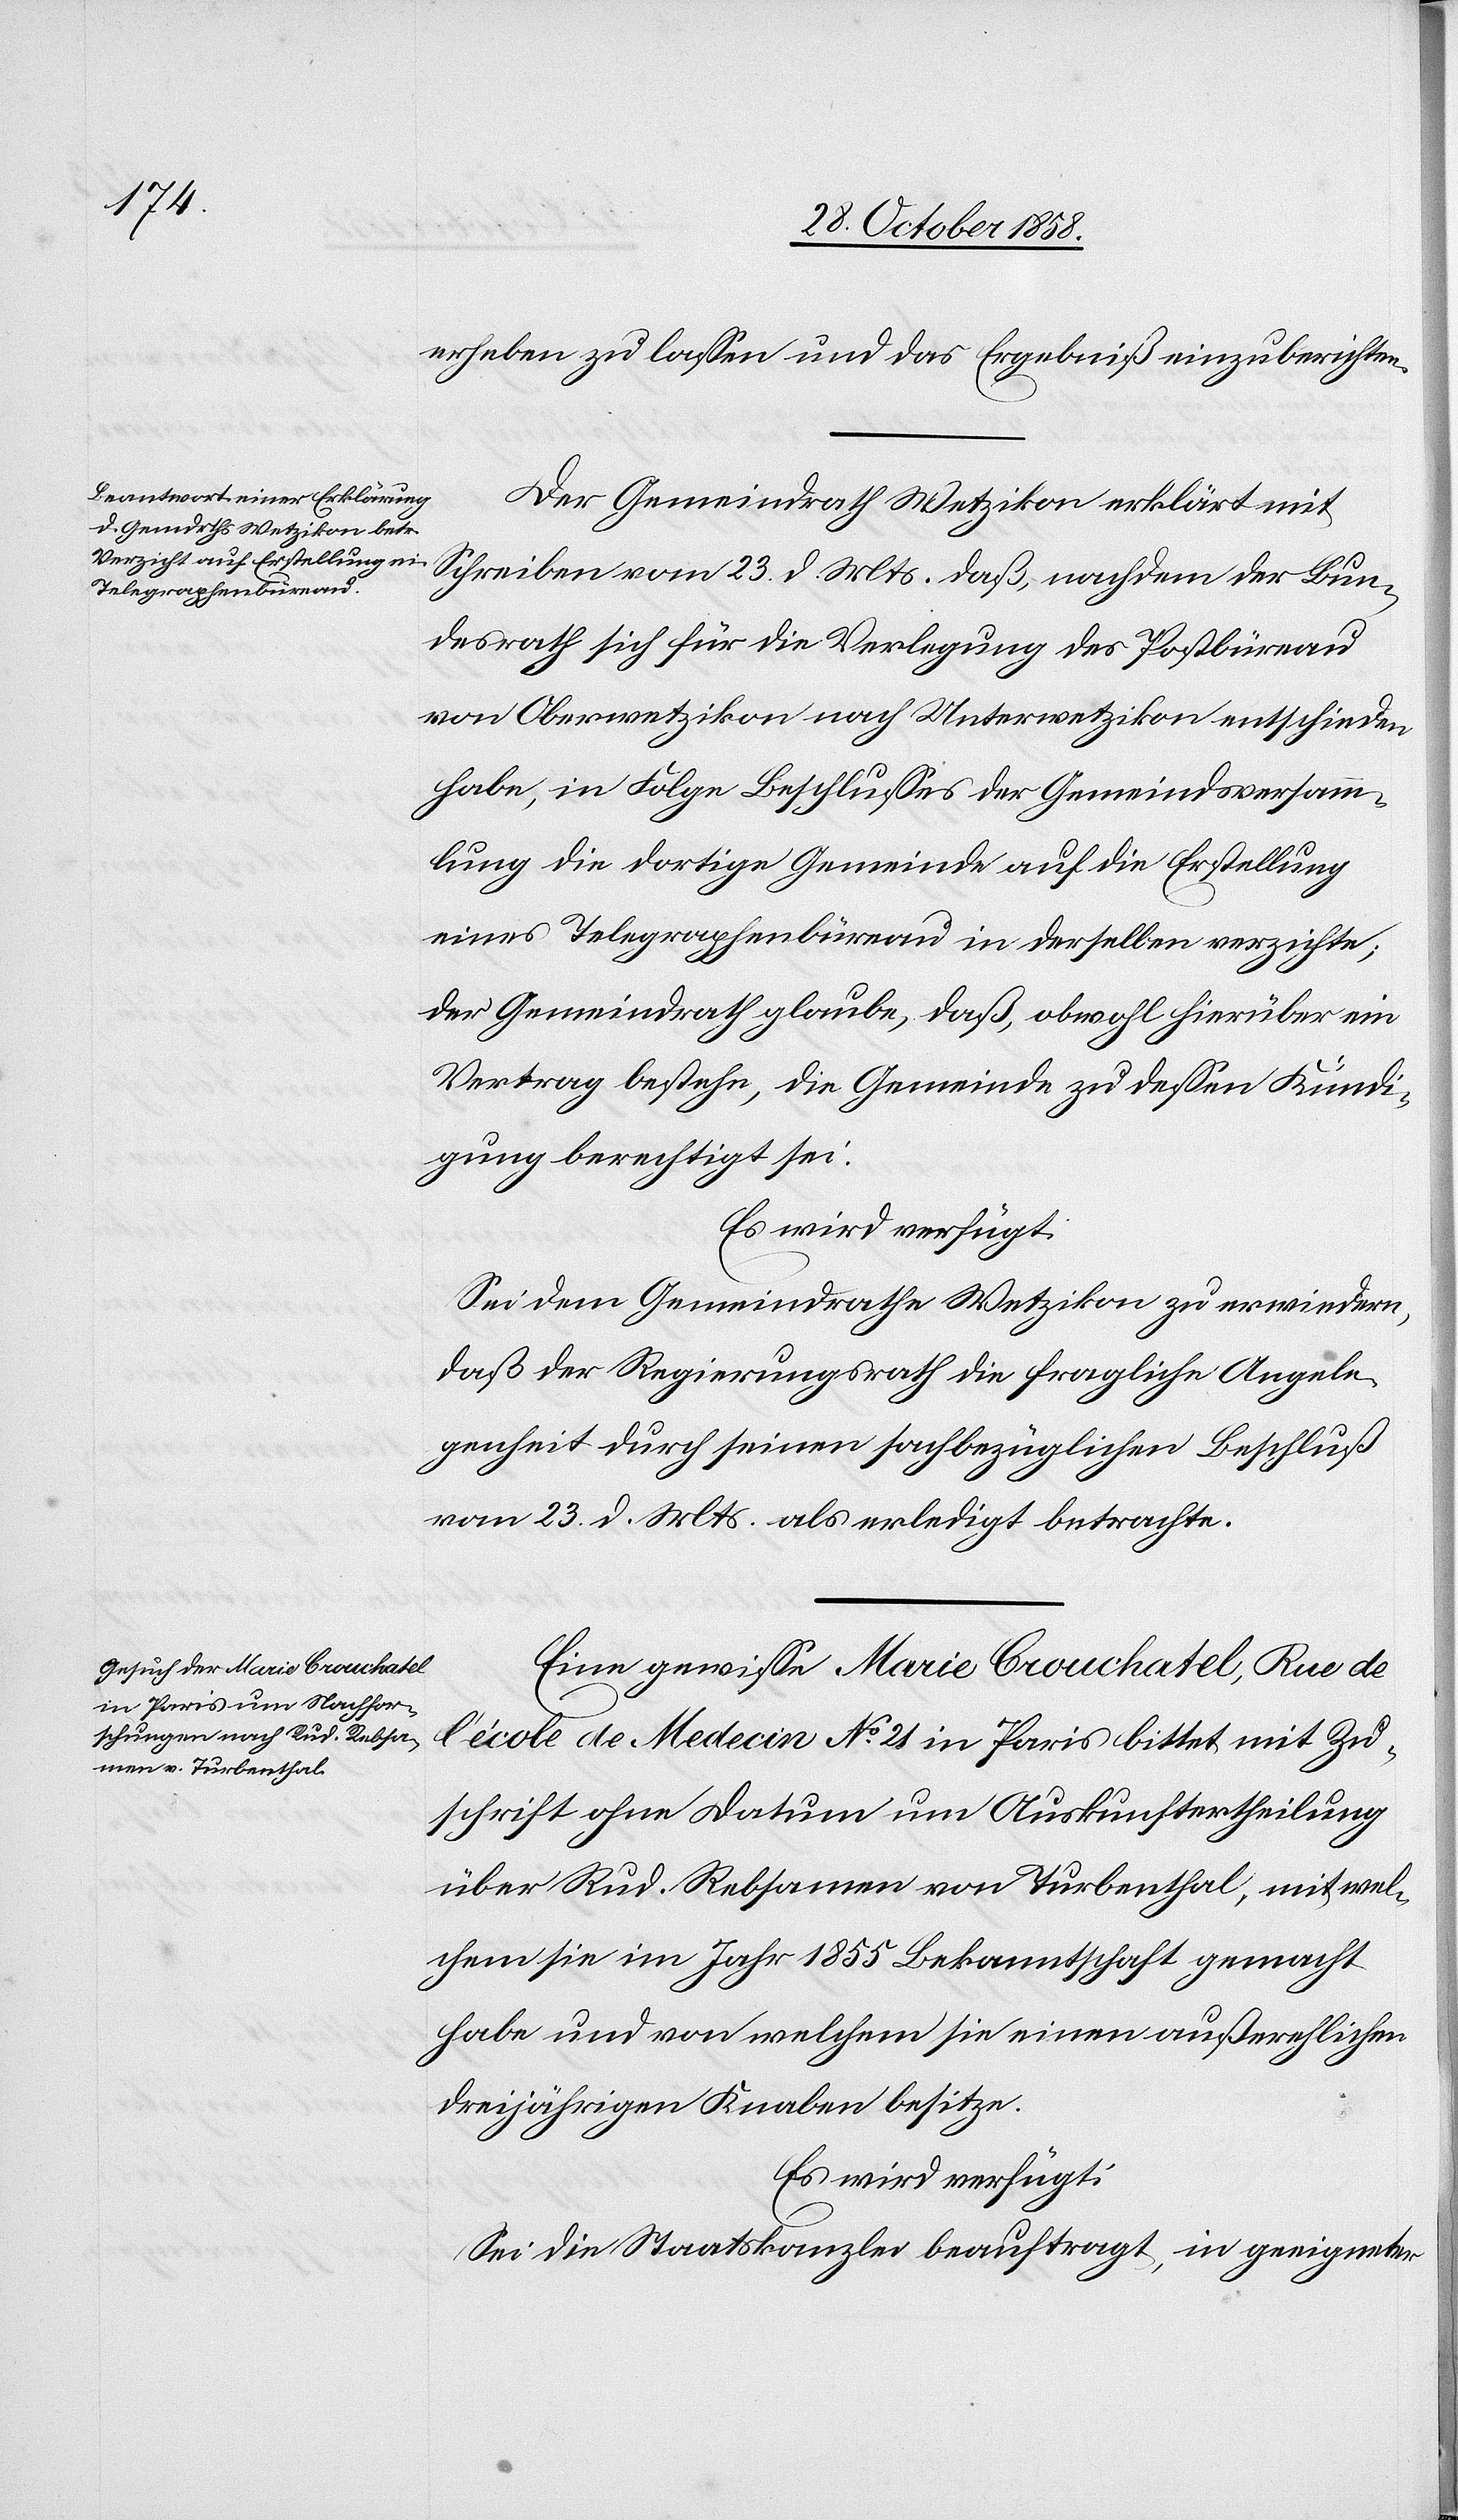
erheben zu lassen und das Ergebniß einzuberichten.
Der Gemeindrath Wetzikon erklärt mit
Schreiben vom 23. d. Mts. daß, nachdem der Bun¬
desrath sich für die Verlegung des Postbüreau
von Oberwetzikon nach Unterwetzikon entschieden
habe, in Folge Beschlusses der Gemeindsversamm¬
lung die dortige Gemeinde auf die Erstellung
eines Telegraphenbüreau in derselben verzichte;
der Gemeindrath glaube, daß, obwohl hierüber ein
Vertrag bestehe, die Gemeinde zu dessen Kündi¬
gung berechtigt sei.
Es wird verfügt:
Sei dem Gemeindrathe Wetzikon zu erwiedern,
daß der Regierungsrath die fragliche Angele¬
genheit durch seinen sachbezüglichen Beschluß
vom 23. d. Mts. als erledigt betrachte.
Eine gewisse Marie Crouchatel, Rue de
l’école de Medecin No 21 in Paris bittet mit Zu¬
schrift ohne Datum um Auskunftertheilung
über Rud. Rebsamen von Turbenthal, mit wel¬
chem sie im Jahr 1855 Bekanntschaft gemacht
habe und von welchem sie einen außerehlichen
dreijährigen Knaben besitze.
Es wird verfügt:
Sei die Staatskanzlei beauftragt, in geeigneter